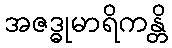
အဇဒ္ဓုမာရိကန္တိ